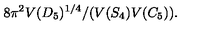
8 \pi ^ { 2 } V ( D _ { 5 } ) ^ { 1 / 4 } / ( V ( S _ { 4 } ) V ( C _ { 5 } ) ) .